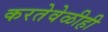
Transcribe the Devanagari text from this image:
करतेवेळीही